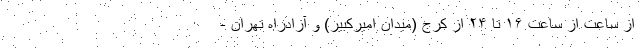
از ساعت از ساعت ۱۶ تا ۲۴ از کرج (میدان امیرکبیر) و آزادراه تهران -